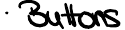
Buttons